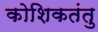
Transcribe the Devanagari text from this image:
कोशिकतंतु